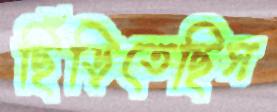
ছিঁড়িতেছিস